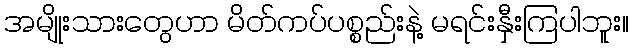
အမျိုးသားတွေဟာ မိတ်ကပ်ပစ္စည်းနဲ့ မရင်းနှီးကြပါဘူး။